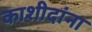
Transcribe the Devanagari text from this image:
काशीदांना